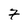
Character: 7